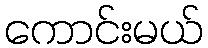
ကောင်းမယ်